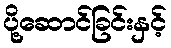
ပို့ဆောင်ခြင်းနှင့်